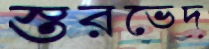
স্তরভেদ